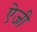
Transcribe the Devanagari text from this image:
ऐजी